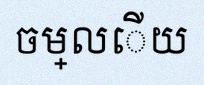
ចម្លើយ